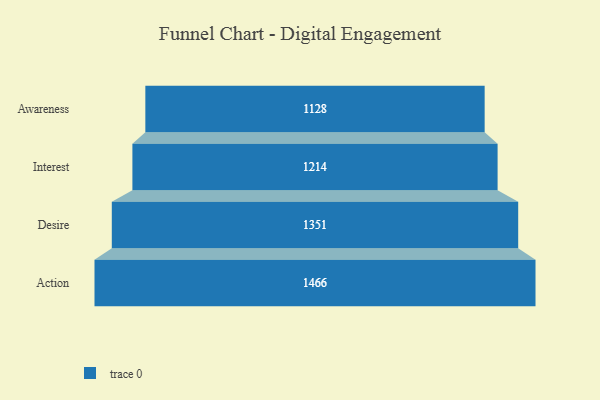
{"axis": {"x": "Stage", "y": "Value"}, "legend": [""], "data": [{"x": "Awareness", "y": 1128.0, "type": ""}, {"x": "Interest", "y": 1214.0, "type": ""}, {"x": "Desire", "y": 1351.0, "type": ""}, {"x": "Action", "y": 1466.0, "type": ""}]}